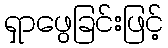
ရှာဖွေခြင်းဖြင့်